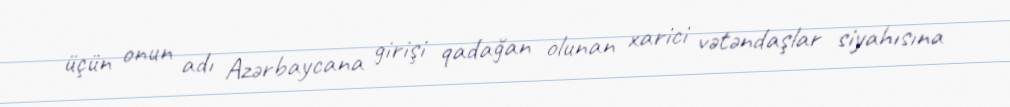
üçün onun adı Azərbaycana girişi qadağan olunan xarici vətəndaşlar siyahısına